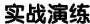
实战演练